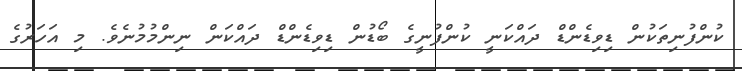
ކުންފުނިތަކުން ޑިވިޑެންޑް ދައްކަނީ ކުންފުނީގެ ބޯޑުން ޑިވިޑެންޑް ދައްކަން ނިންމުމުނެވެ. މި އަހަރުގެ